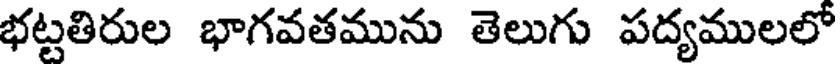
భట్టతిరుల భాగవతమును తెలుగు పద్యములలో